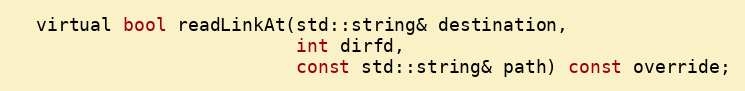
Language: C
  virtual bool readLinkAt(std::string& destination,
                          int dirfd,
                          const std::string& path) const override;